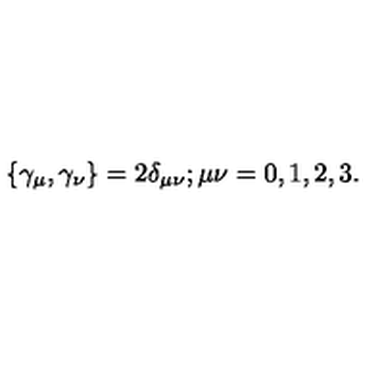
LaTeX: \left\{ \gamma _ { \mu } , \gamma _ { \nu } \right\} = 2 \delta _ { \mu \nu } ; \mu \nu = 0 , 1 , 2 , 3 .